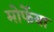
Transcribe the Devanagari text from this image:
मोर्फेया